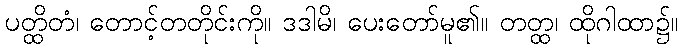
ပတ္ထိတံ၊ တောင့်တတိုင်းကို။ ဒဒါမိ၊ ပေးတော်မူ၏။ တတ္ထ၊ ထိုဂါထာ၌။